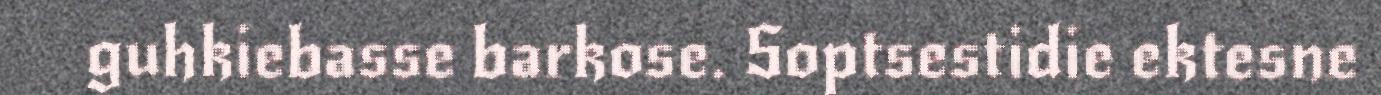
guhkiebasse barkose. Soptsestidie ektesne